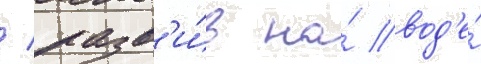
/ разв'и́в на́ вод'е́